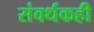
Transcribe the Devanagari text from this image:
संवर्धकही